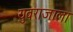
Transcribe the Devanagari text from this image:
युवराजाला